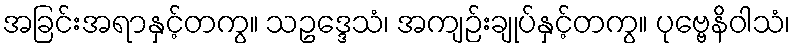
အခြင်းအရာနှင့်တကွ။ သဥဒ္ဒေသံ၊ အကျဉ်းချုပ်နှင့်တကွ။ ပုဗ္ဗေနိဝါသံ၊